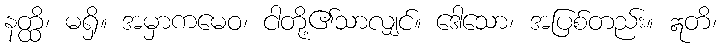
နတ္ထိ၊ မရှိ။ အမှာကမေဝ၊ ငါတို့၏သာလျှင်။ ဒေါသော၊ အပြစ်တည်း။ ဣတိ၊